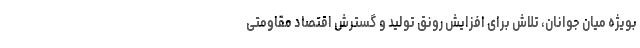
بویژه میان جوانان، تلاش برای افزایش رونق تولید و گسترش اقتصاد مقاومتی